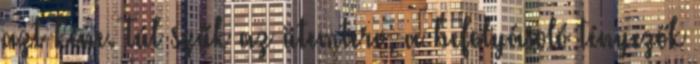
azt kéne. Túl szűk az ütemterv, a befolyásoló tényezők